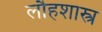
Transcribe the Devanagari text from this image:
लौहशास्त्र